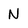
Character: N